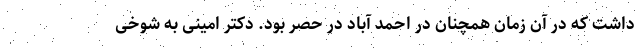
داشت که در آن زمان همچنان در احمد آباد در حصر بود. دکتر امینی به شوخی